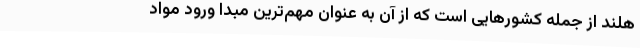
هلند از جمله کشورهایی است که از آن به عنوان مهم‌ترین مبدا ورود مواد